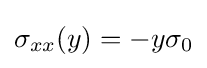
\sigma _{xx}(y)=-y\sigma _{0}